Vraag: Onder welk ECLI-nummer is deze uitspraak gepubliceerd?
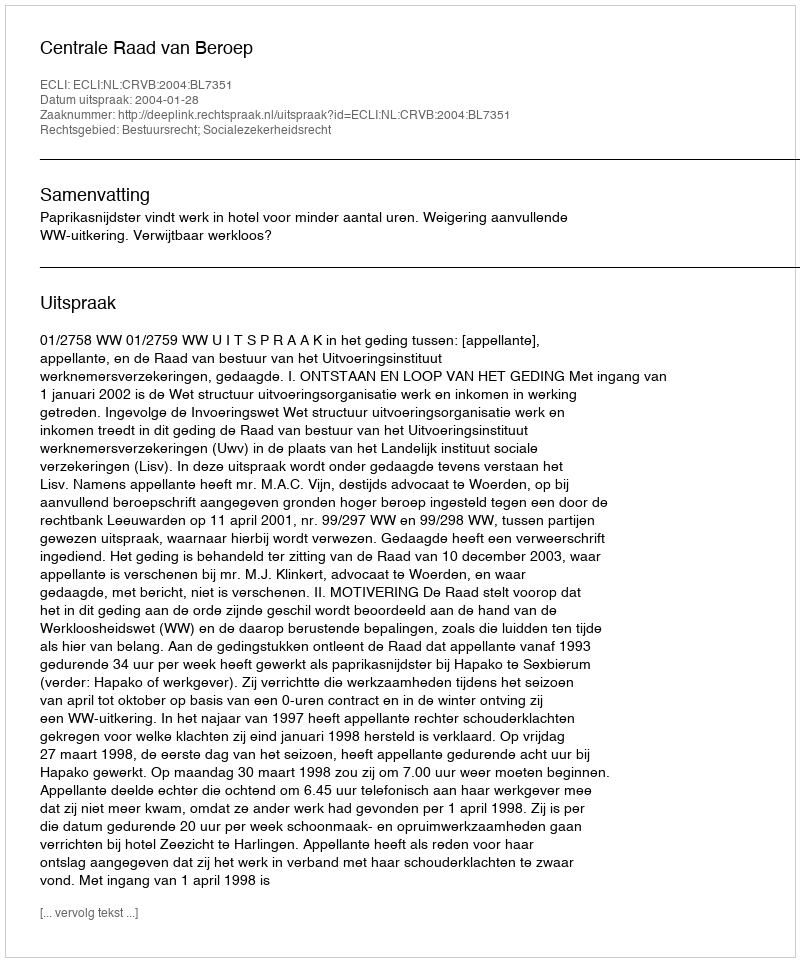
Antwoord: ECLI:NL:CRVB:2004:BL7351